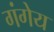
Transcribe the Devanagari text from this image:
गंगेय